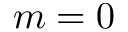
m = 0